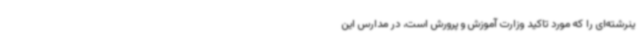
ینرشته‌ای را که مورد تاکید وزارت آموزش و پرورش است، در مدارس این